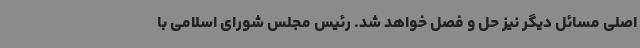
اصلی مسائل دیگر نیز حل و فصل خواهد شد. رئیس مجلس شورای اسلامی با